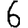
Digit: 6